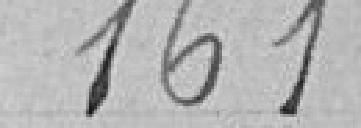
161